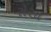
રોસા